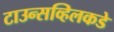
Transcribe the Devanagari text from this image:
टाउन्सव्हिलकडे